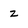
Character: z